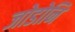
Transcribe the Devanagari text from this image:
जोडोनि